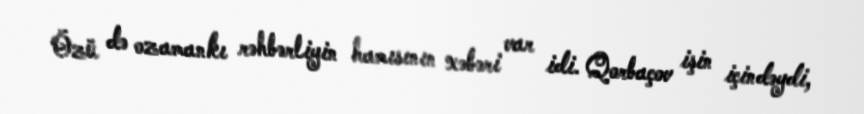
Özü də ozamankı rəhbərliyin hamısının xəbəri var idi. Qorbaçov işin içindəydi,